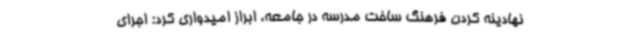
نهادینه کردن فرهنگ ساخت مدرسه در جامعه، ابراز امیدواری کرد: اجرای